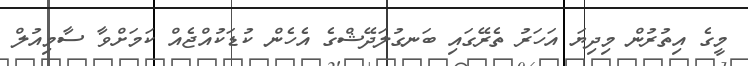
މީގެ އިތުރުން މިދިޔަ އަހަރު ތެރޭގައި ބަނގުލަދޭޝްގެ އެހެން ކުޑަކުއްޖެއް ކަމަށްވާ ސާމިއުލް